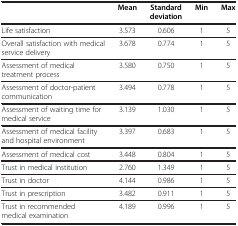
|  | Mean | Standard deviation | Min | Max |
 | --- | --- | --- | --- | --- |
 | Life satisfaction | 3.573 | 0.606 | 1 | 5 |
 | Overall satisfaction with medical service delivery | 3.678 | 0.774 | 1 | 5 |
 | Assessment of medical treatment process | 3.580 | 0.750 | 1 | 5 |
 | Assessment of doctor-patient communication | 3.494 | 0.778 | 1 | 5 |
 | Assessment of waiting time for medical service | 3.139 | 1.030 | 1 | 5 |
 | Assessment of medical facility and hospital environment | 3.397 | 0.683 | 1 | 5 |
 | Assessment of medical cost | 3.448 | 0.804 | 1 | 5 |
 | Trust in medical institution | 2.760 | 1.349 | 1 | 5 |
 | Trust in doctor | 4.144 | 0.986 | 1 | 5 |
 | Trust in prescription | 3.482 | 0.911 | 1 | 5 |
 | Trust in recommended medical examination | 4.189 | 0.996 | 1 | 5 |